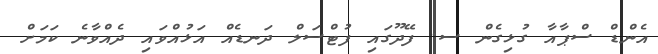
އެންޑް ސްޕާއާ ގުޅިގެން ސ. ފޭދޫގައި ފުޓްސަލް ދަނޑެއް އަޅުއްވައި ދެއްވާނެ ކަމަށް